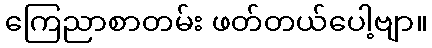
ကြေညာစာတမ်း ဖတ်တယ်ပေါ့ဗျာ။